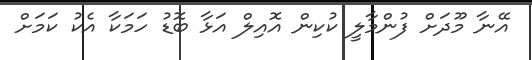
އޭނާ މޫދަށް ފުންމާލީ ކުކިން އޮއިލް އަޅާ ބޮޑު ހަމަކާ އެކު ކަމަށް